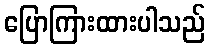
ပြောကြားထားပါသည်